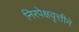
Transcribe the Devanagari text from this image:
निरपेक्षवृत्तीने